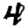
Digit: 4